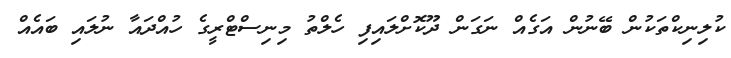
ކުލިނިކްތަކުން ބޭނުން އަގެއް ނަގަން ދޫކޮށްލައިފި ހެލްތު މިނިސްޓްރީގެ ހުއްދައާ ނުލައި ބައެއް